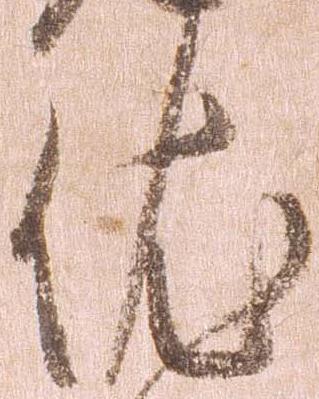
依